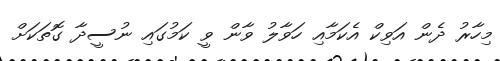
މިހާރު ދެން އަވިކް އެކަމާއި ހަވާލު ވާން ވީ ކަމުގައި ނުސީދާ ގޮތަކަށް